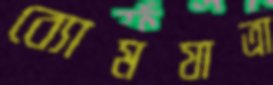
ব্যোমযাত্রা